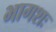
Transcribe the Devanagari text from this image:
भागशः